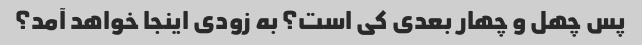
پس چهل و چهار بعدی کی است؟ به زودی اینجا خواهد آمد؟